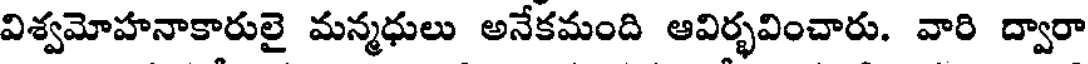
విశ్వమోహనాకారులై మన్మధులు అనేకమంది ఆవిర్భవించారు. వారి ద్వారా